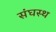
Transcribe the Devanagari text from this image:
संघस्थ